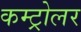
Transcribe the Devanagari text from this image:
कम्ट्रोलर